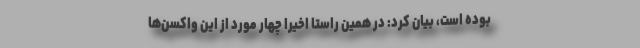
بوده است، بیان کرد: در همین راستا اخیراً چهار مورد از این واکسن‌ها